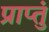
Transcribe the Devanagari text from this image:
प्राप्तुं